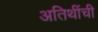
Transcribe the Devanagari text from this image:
अतिथींची